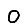
Digit: 0